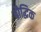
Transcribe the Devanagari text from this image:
बौद्धिक